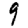
Digit: 9